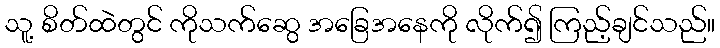
သူ့ စိတ်ထဲတွင် ကိုသက်ဆွေ အခြေအနေကို လိုက်၍ ကြည့်ချင်သည်။